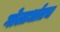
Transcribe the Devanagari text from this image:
गोलार्धातच